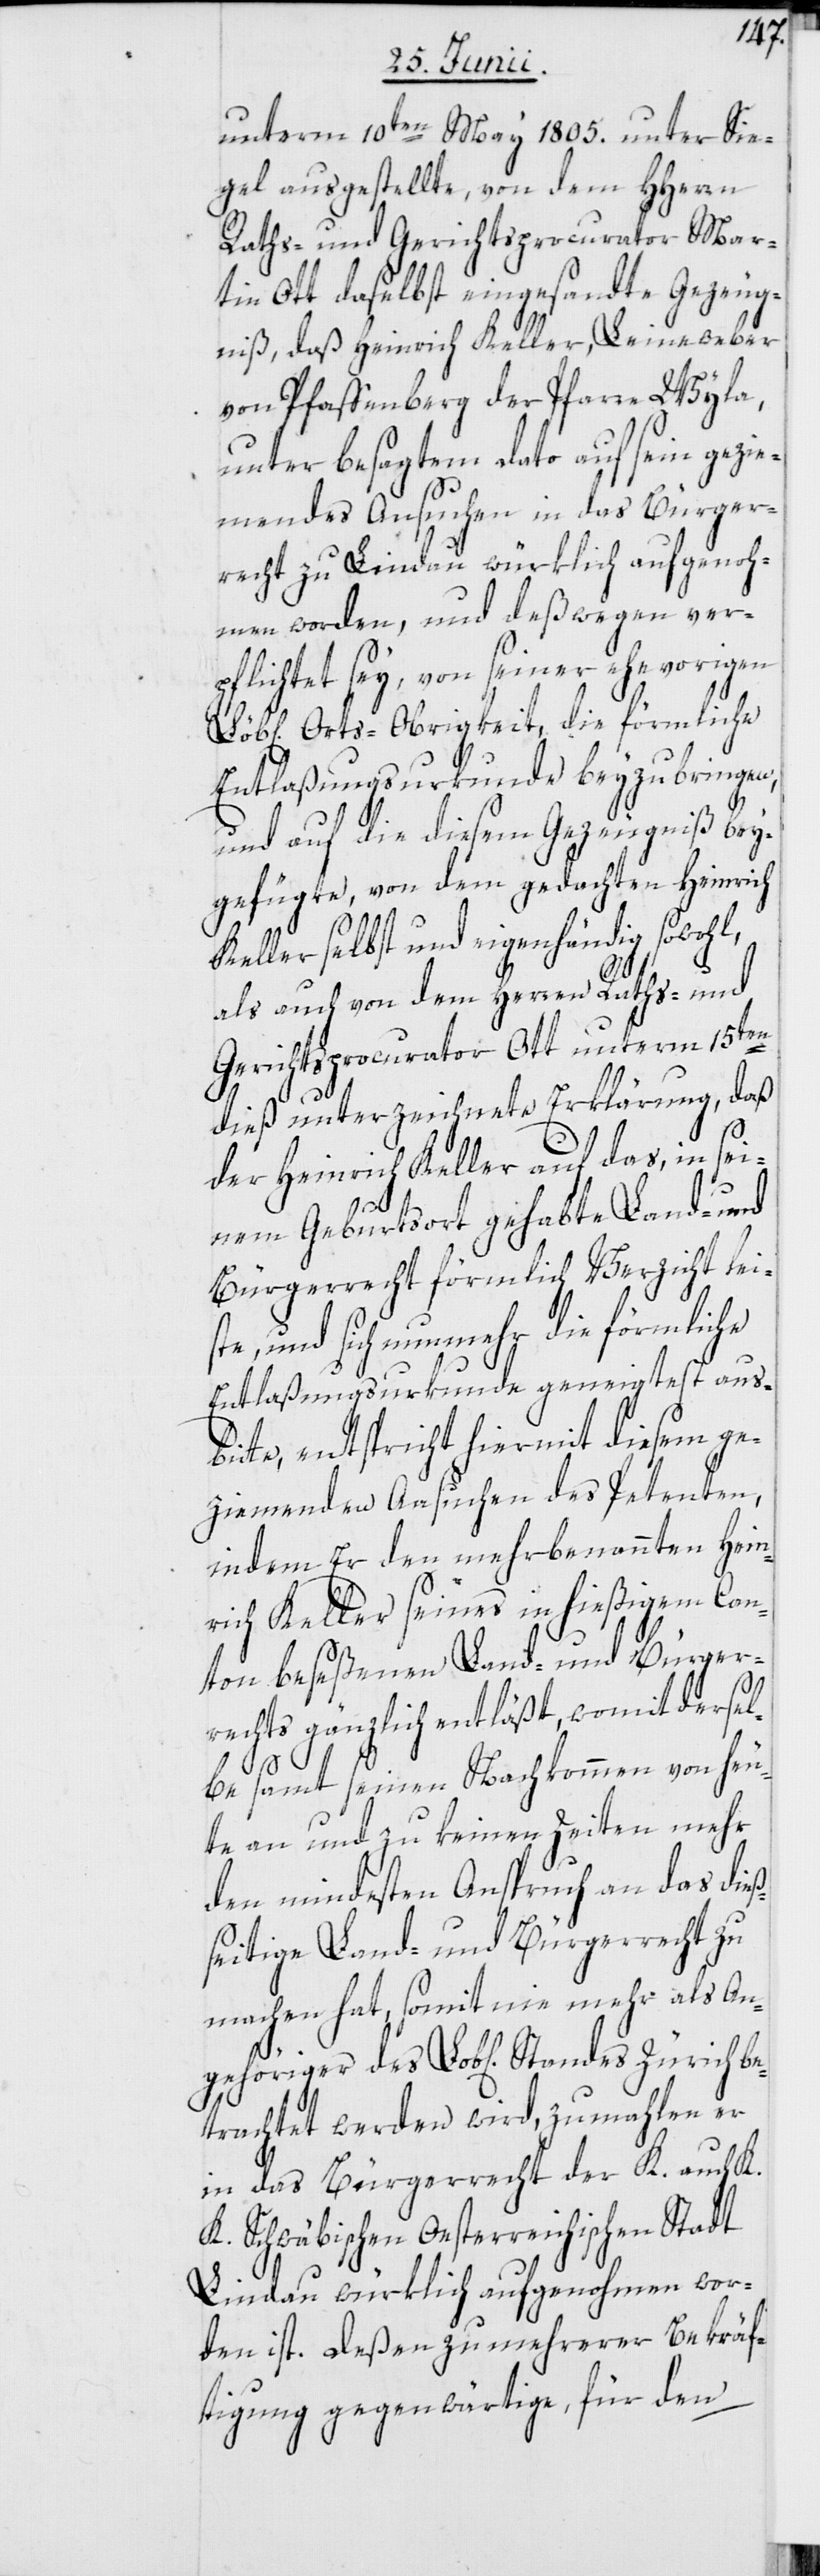
unterm 10ten May 1805. unter Sie¬
gel ausgestellte, von dem HHerrn
Raths- und Gerichtsprocurator Mar¬
tin Ott daselbst eingesandte Gezeug¬
niß, daß Heinrich Keller, Leineweber
von Pfaffenberg der Pfarre Wyla,
unter besagtem Dato auf sein gezie¬
mendes Ansuchen in das Bürger¬
recht zu Lindau würklich aufgenoh¬
men worden, und deßwegen ver¬
pflichtet sey, von seiner ehevorigen
Orts-Obrigkeit, die förmliche
Entlaßungsurkunde beyzubringen,
und auf die diesem Gezeugniß bey¬
gefügte, von dem gedachten Heinrich
selbst und eigenhändig sowohl,
als auch von dem Herren Raths- und
Gerichtsprocurator Ott unterm 15ten
dieß unterzeichnete Erklärung, daß
der Heinrich Keller auf das, in sei¬
iger
nem Geburtsort gehabte Land- und
Bürgerrecht förmlich Verzicht lei¬
ste, und sich nunmehr die förmliche
Entlaßungsurkunde geneigtest ausb¬
itte, entspricht hiermit diesem ge¬
ziemenden Ansuchen des Petenten,
indem Er den mehrbenannten Hein¬
rich Keller seines in hießigem Can¬
ton beseßenen Land- und Bürger¬
rechts gänzlich entläßt, womit dersel¬
be¬
be samt seinen Nachkommen von heu¬
te an und zu keinen Zeiten mehr
den mindesten Anspruch an das dieß¬
seitige Land- und Bürgerrecht zu
machen hat, somit nie mehr als An¬
trachtet werden wird, zumahlen er
in das Bürgerrecht der K. auch K.
K. Schwäbischen Oesterreichischen Stadt
Lindau würklich aufgenohmen wor¬
den ist. Deßen zu mehrerer Bekräf¬
tigung gegenwärtige, für den